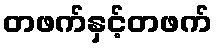
တဖက်နှင့်တဖက်